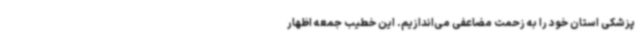
پزشکی استان خود را به زحمت مضاعفی می‌اندازیم. این خطیب جمعه اظهار